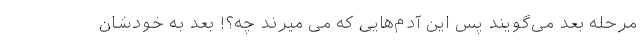
مرحله بعد می‌گویند پس این آدم‌هایی که می میرند چه؟! بعد به خودشان